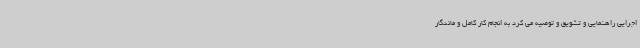
اجرایی راهنمایی و تشویق و توصیه می کرد به انجام کار کامل و ماندگار